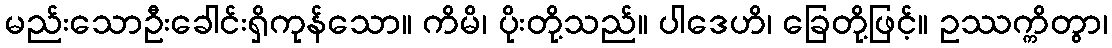
မည်းသောဦးခေါင်းရှိကုန်သော။ ကိမိ၊ ပိုးတို့သည်။ ပါဒေဟိ၊ ခြေတို့ဖြင့်။ ဥဿက္ကိတွာ၊